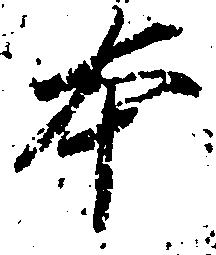
本